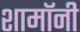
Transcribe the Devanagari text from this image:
शामॉनी